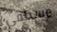
مستلقي